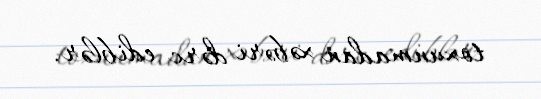
toxunmadan xəbəri dərc ediblər.